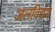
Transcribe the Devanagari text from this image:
जलविद्यत्